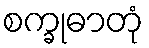
စက္ခုဓာတုံ